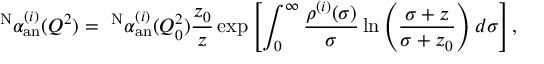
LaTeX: ^ { \mathrm { N } } \alpha _ { \mathrm { a n } } ^ { ( i ) } ( Q ^ { 2 } ) = ~ ^ { \mathrm { N } } \alpha _ { \mathrm { a n } } ^ { ( i ) } ( Q _ { 0 } ^ { 2 } ) \frac { z _ { 0 } } { z } \exp \left[ \int _ { 0 } ^ { \infty } \frac { \rho ^ { ( i ) } ( \sigma ) } { \sigma } \ln \left( \frac { \sigma + z } { \sigma + z _ { 0 } } \right) d \sigma \right] ,